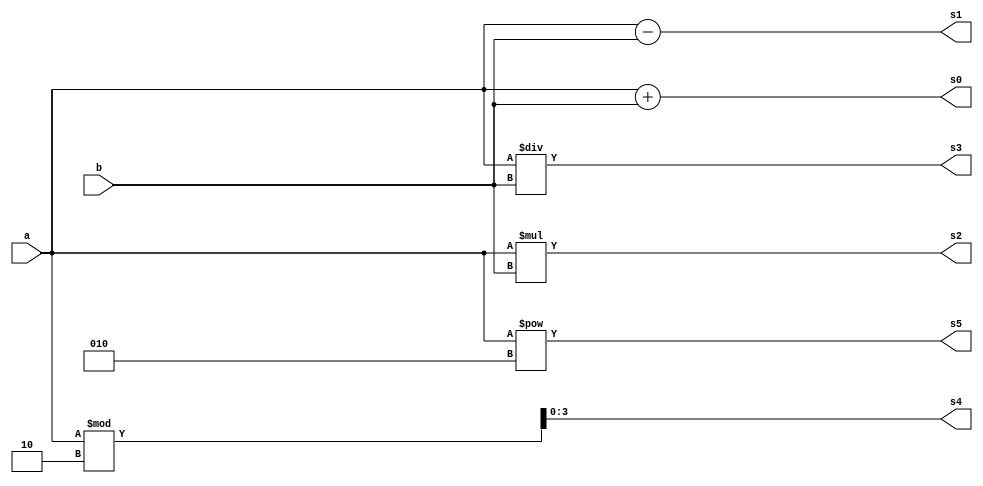
module aritmetico(input [3:0] a, b, output [3:0] s0,s1,s2,s3,s4,s5);

	assign s0 = a + b;
	assign s1 = a - b; 
	assign s2 = a * b;
	assign s3 = a / b;
	assign s4 = a % 2;
	assign s5 = a ** 2;
endmodule